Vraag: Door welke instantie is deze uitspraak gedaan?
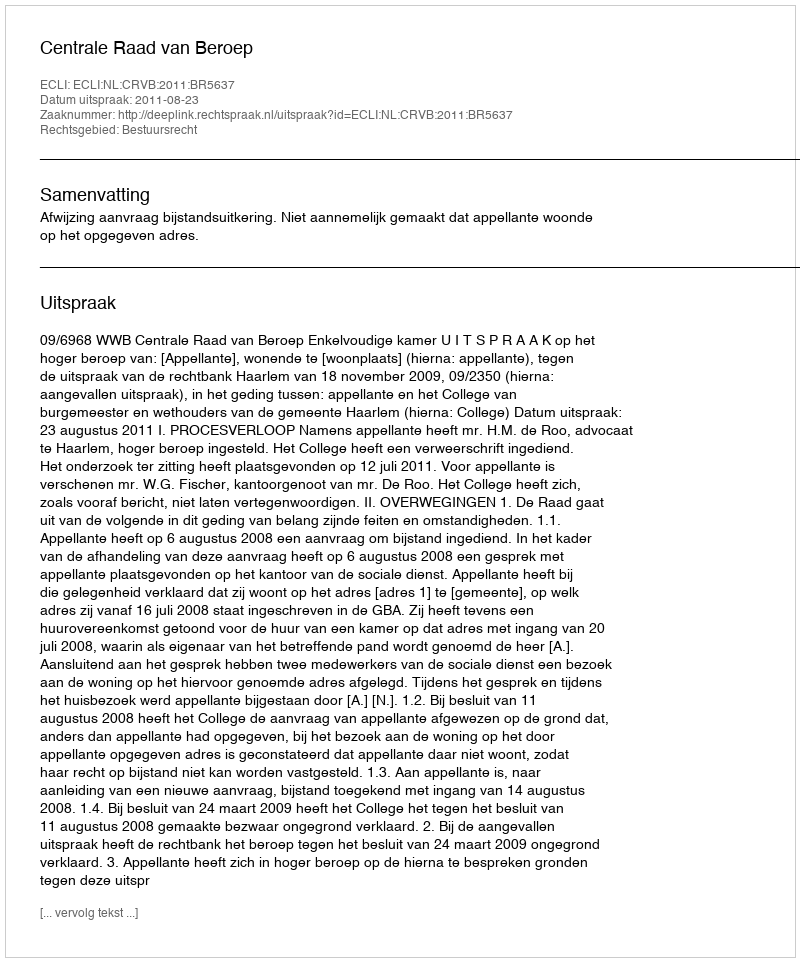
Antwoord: Centrale Raad van Beroep